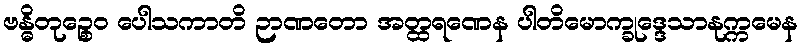
ဗန္ဓိတုဉ္စေဝ ပေါသကာတိ ဉာဏတော အတ္ထရဏေန ပါတိမောက္ခုဒ္ဒေသာနုက္ကမေန